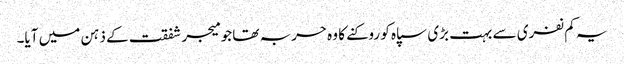
یہ کم نفری سے بہت بڑی سپاہ کو روکنے کا وہ حربہ تھا جو میجر شفقت کے ذہن میں آیا۔